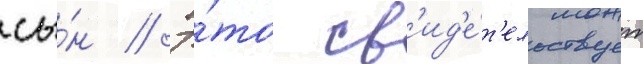
сы́н // Э́то св'ид'е́т'ельствует